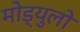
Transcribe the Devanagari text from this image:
मोड्युलो